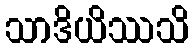
သာဒိယိဿသိ